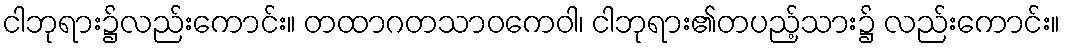
ငါဘုရား၌လည်းကောင်း။ တထာဂတသာဝကေဝါ၊ ငါဘုရား၏တပည့်သား၌ လည်းကောင်း။